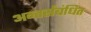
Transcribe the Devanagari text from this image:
अन्तर्संबंधित